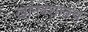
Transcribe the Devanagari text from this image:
खानदेशातच